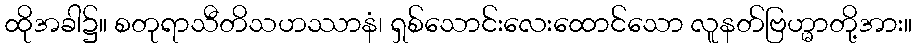
ထိုအခါ၌။ စတုရာသီတိသဟဿာနံ၊ ရှစ်သောင်းလေးထောင်သော လူနတ်ဗြဟ္မာတို့အား။